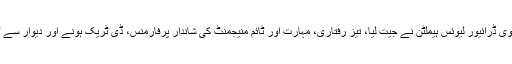
فارمولا ون میکسیکو گراں پری کا ٹائٹل برطانوی ڈرائیور لیوئس ہیملٹن نے جیت لیا، تیز رفتاری، مہارت اور ٹائم منیجمنٹ کی شاندار پرفارمنس، ڈی ٹریک ہونے اور دیوار سے ٹکرانے والی کار نے ایونٹ سنسنی خیز بنا دیا۔